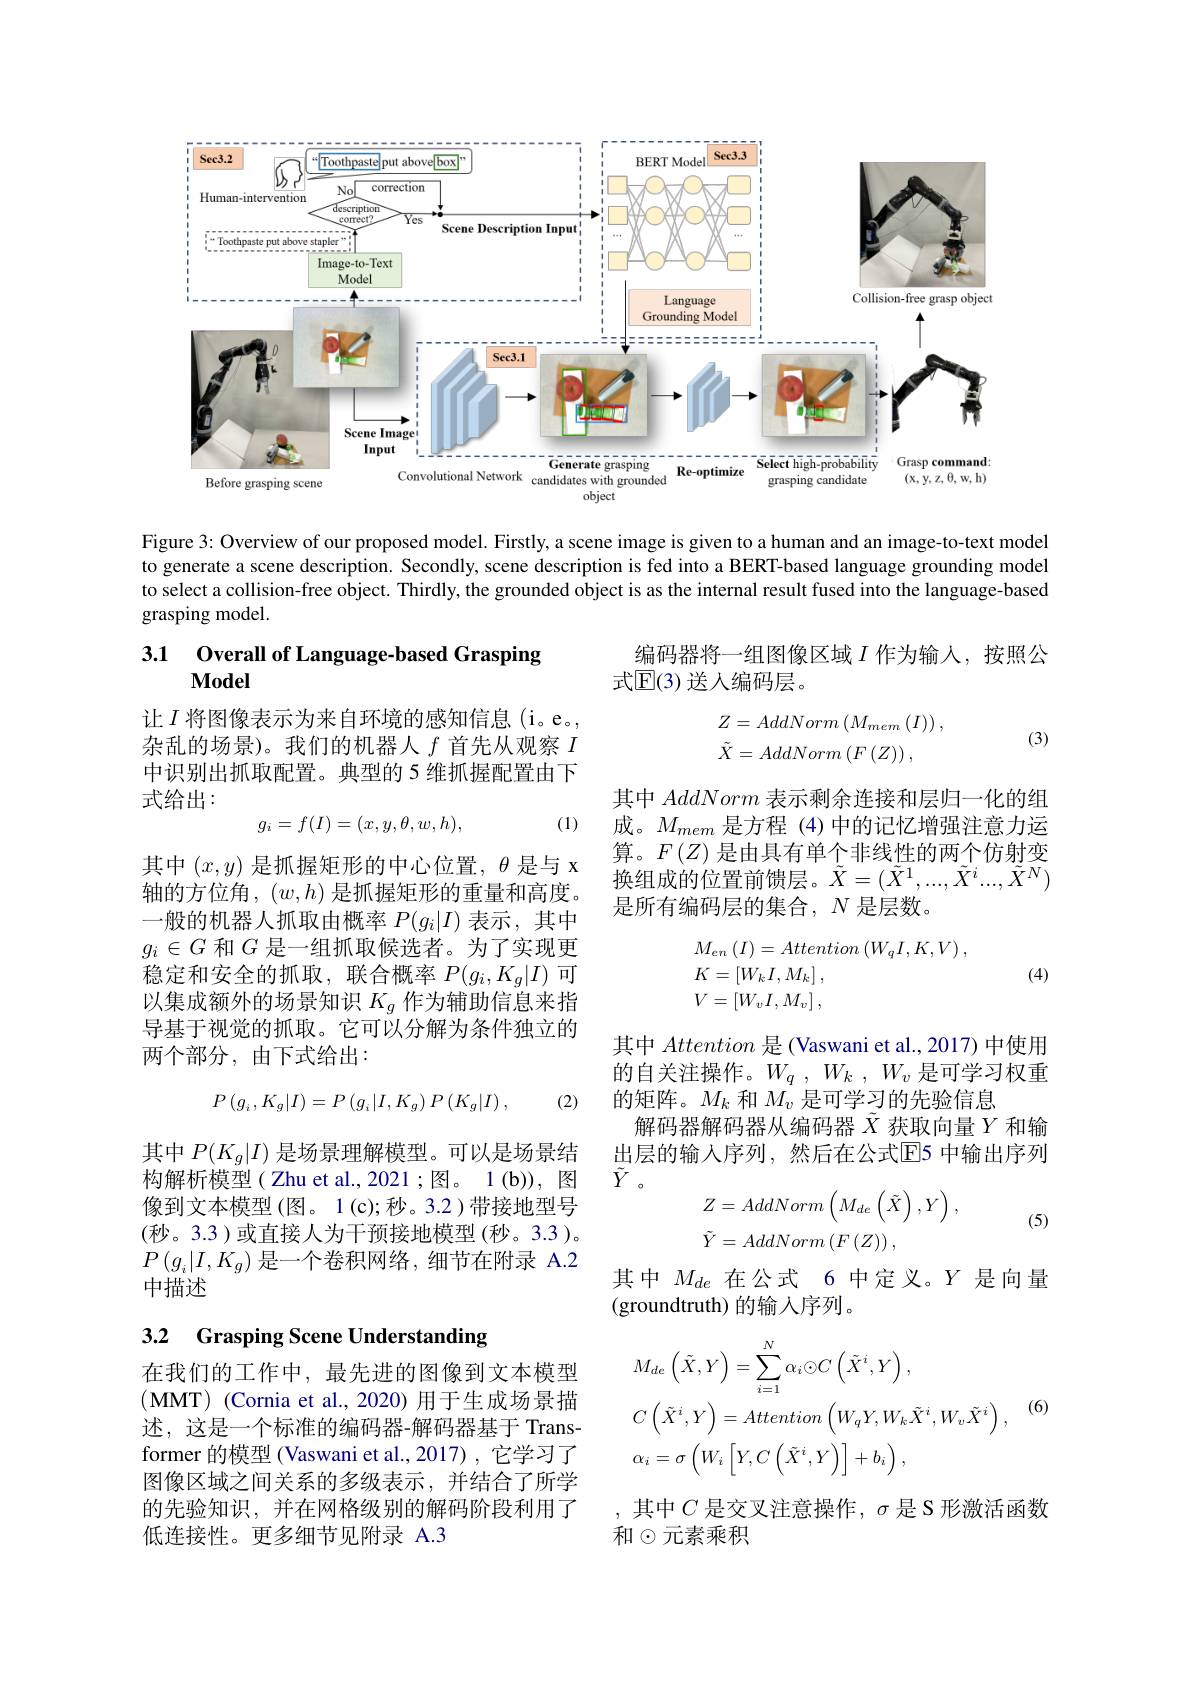
<FigureHere>

Figure 3: Overview of our proposed model. Firstly, a scene image is given to a human and an image-to-text model to generate a scene description. Secondly, scene description is fed into a BERT-based language grounding model to select a collision-free object. Thirdly, the grounded object is as the internal result fused into the language-based grasping model.

### 3.1 Overall of Language-based Grasping Model

编码器将一组图像区域$I$作为输入，按照公
式$\mathbb{E}(3)$ 送人编码层。
$$\begin{aligned}Z&=AddNorm\left(M_{mem}\left(I\right)\right),\\\tilde{X}&=AddNorm\left(F\left(Z\right)\right),\end{aligned}$$
(3)

让$I$ 将图像表示为来自环境的感知信息(i。e。, 杂乱的场景)。我们的机器人$f$首先从观察$I$ 中识别出抓取配置。典型的 5 维抓握配置由下式给出：
$$g_i=f(I)=(x,y,\theta,w,h),$$
(1)

其中AddNorm表示剩余连接和层归一化的组成。$M_{mem}$是方程 (4)中的记忆增强注意力运算。$F(Z)$是由具有单个非线性的两个仿射变换组成的位置前馈层。$\tilde{X}=(\tilde{X}^1,...,\tilde{X}^i...,\tilde{X}^N)$ 是所有编码层的集合，$N$是层数。

其中$(x,y)$是抓握矩形的中心位置，$\theta$是与 x 轴的方位角，$(w,h)$是抓握矩形的重量和高度。一般的机器人抓取由概率$P(g_i|I)$表示，其中$g_i\in G$ 和$G$ 是一组抓取候选者。为了实现更稳定和安全的抓取，联合概率$P(g_i,K_g|I)$可以集成额外的场景知识$K_g$作为辅助信息来指导基于视觉的抓取。它可以分解为条件独立的两个部分，由下式给出：
$$\begin{array}{l}M_{en}\left(I\right)=Attention\left(W_qI,K,V\right),\\K=\left[W_kI,M_k\right],\\V=\left[W_vI,M_v\right],\end{array}$$
(4)
$$P\left(g_{i},K_{g}|I\right)=P\left(g_{i}|I,K_{g}\right)P\left(K_{g}|I\right),$$
(2)

其中Attention是(Vaswani et al., 2017) 中使用的自关注操作。$W_q$ , $W_k$ , $W_v$是可学习权重的矩阵。$M_k$ 和$M_v$ 是可学习的先验信息
解码器解码器从编码器$\tilde{X}$获取向量$Y$和输出层的输入序列，然后在公式$\overline{\mathrm{E}}$5 中输出序列$\tilde{Y}$。
$$\begin{aligned}Z&=AddNorm\left(M_{de}\left(\tilde{X}\right),Y\right),\\\tilde{Y}&=AddNorm\left(F\left(Z\right)\right),\end{aligned}$$
(5)

其中$P(K_g|I)$是场景理解模型。可以是场景结构解析模型( Zhu et al., 2021;图。1(b)), 图像到文本模型(图。1(c);秒。3.2)带接地型号(秒。3.3)或直接人为干预接地模型(秒。3.3)。$P\left(g_{i}|I,K_{g}\right)$是一个卷积网络，细节在附录 A.2中描述

其中$M_{de}$在公式 6 中定义。$Y$是向量
(groundtruth) 的输入序列。

### 3.2 Grasping Scene Understanding
$$\begin{aligned}&M_{de}\left(\tilde{X},Y\right)=\sum_{i=1}^{N}\alpha_{i}\odot C\left(\tilde{X}^{i},Y\right),\\&C\left(\tilde{X}^{i},Y\right)=Attention\left(W_{q}Y,W_{k}\tilde{X}^{i},W_{v}\tilde{X}^{i}\right),\\&\alpha_{i}=\sigma\left(W_{i}\left[Y,C\left(\tilde{X}^{i},Y\right)\right]+b_{i}\right),\end{aligned}$$
(6)

在我们的工作中，最先进的图像到文本模型(MMT)(Cornia et al., 2020)用于生成场景描述，这是一个标准的编码器-解码器基于 Trans former 的模型 (Vaswani et al., 2017) , 它学习了图像区域之间关系的多级表示，并结合了所学的先验知识，并在网格级别的解码阶段利用了低连接性。更多细节见附录 A.3

,其中$C$ 是交叉注意操作，$\sigma$是S 形激活函数
和$\odot$元素乘积